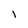
Character: I